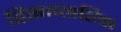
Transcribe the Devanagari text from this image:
द्विसाप्‍ताहिक